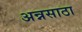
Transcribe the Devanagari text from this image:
अन्नसाठा